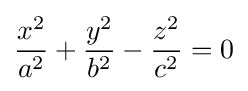
{x^{2} \over a^{2}}+{y^{2} \over b^{2}}-{z^{2} \over c^{2}}=0